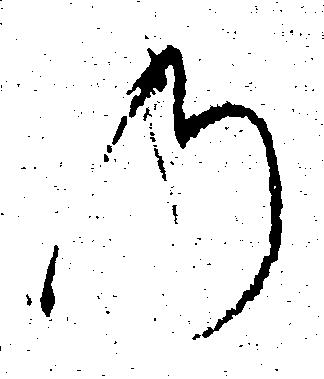
の